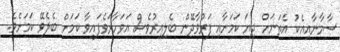
ސާމާނާއިއެކު އެތަނަށް ދިޔަ ކަަމަށާއި ފަރުވާދޭން ބެލިއިރުވެސް އަވަހާރަވެފައިވާ ކަމަށް ބެލެވޭ ކަަމަށެވެ.